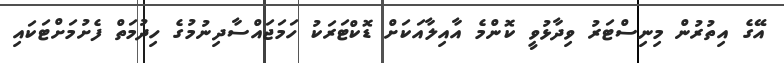
އޭގެ އިތުރުން މިނިސްޓަރު ވިދާޅުވީ ކޮންމެ އާއިލާއަކަށް ޑޮކްޓަރަކު ހަމަޖައްސާދިނުމުގެ ހިދުމަތް ފެށުމަށްޓަކައި